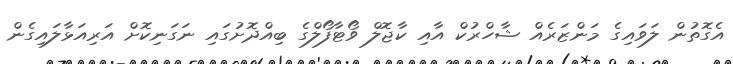
އެގޮތުން ލަވައިގެ މަންޒަރެއް ޝާހްރުކް އާއި ކާޖޮލް ވޯޓާފޯލްގެ ބިއްދޮށުގައި ނަގަނިކޮށް އަރިއަޅާލައިގެން